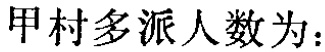
甲村多派人数为：